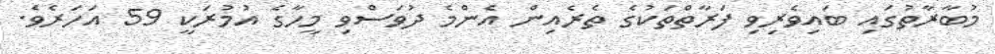
މުބާރާތުގައި ބައިވެރިވި ފަރާތްތަކުގެ ތެރެއިން އެންމެ ދުވަސްވި މީހާގެ އުމުރަކީ 59 އަހަރެވެ.